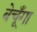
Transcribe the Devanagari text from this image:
बेचूँगा